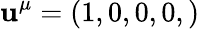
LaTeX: \mathbf{u}^{\mu}=\left(1,0,0,0,\right)